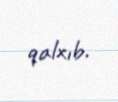
qalxıb.